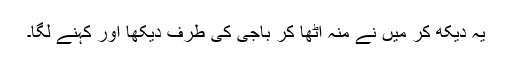
یہ دیکھ کر میں نے منہ اُٹھا کر باجی کی طرف دیکھا اور کہنے لگا۔